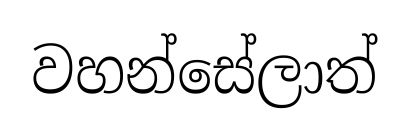
වහන්සේලාත්